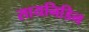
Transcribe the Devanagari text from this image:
सायनिडिन